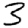
Digit: 3